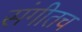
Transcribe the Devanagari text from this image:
संगीतच